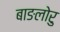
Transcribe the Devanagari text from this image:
बाङलोरु